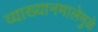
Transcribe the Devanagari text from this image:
व्याख्यानमालेमुळे